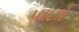
૫ાછો